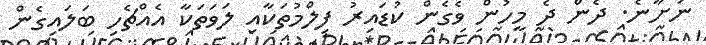
ނަށާނެ. ދެން ދެ މީހުން ވެގެން ކުޑައިރު ފިލްމުތަކާއި ލަވަތަކާ އެއްޗެހި ބަލައިގެން